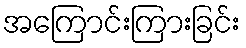
အကြောင်းကြားခြင်း